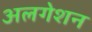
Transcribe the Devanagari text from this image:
अलगेशन